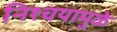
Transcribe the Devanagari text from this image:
निश्चयामुळे